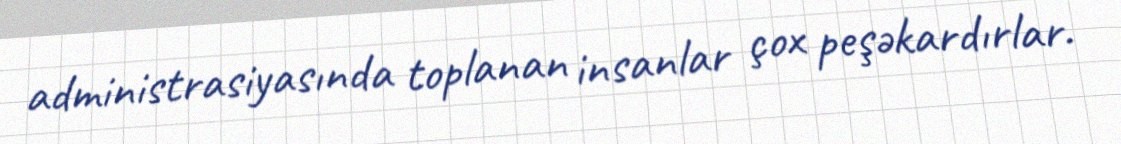
administrasiyasında toplanan insanlar çox peşəkardırlar.